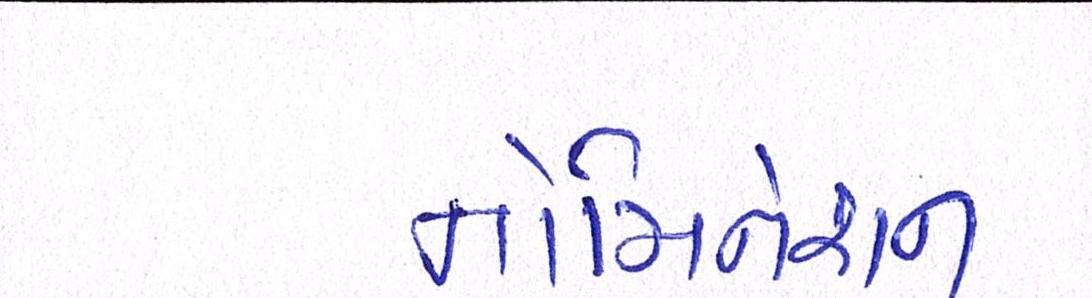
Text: નોમિનેશન